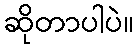
ဆိုတာပါပဲ။